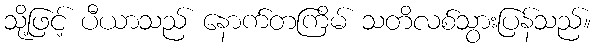
သို့ဖြင့် ပီယာသည် နောက်တကြိမ် သတိလစ်သွားပြန်သည်။